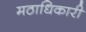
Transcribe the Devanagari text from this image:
मठाधिकारी